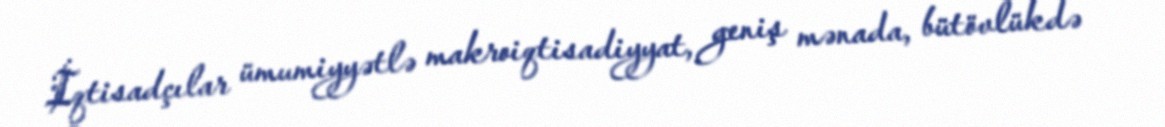
İqtisadçılar ümumiyyətlə makroiqtisadiyyat, geniş mənada, bütövlükdə